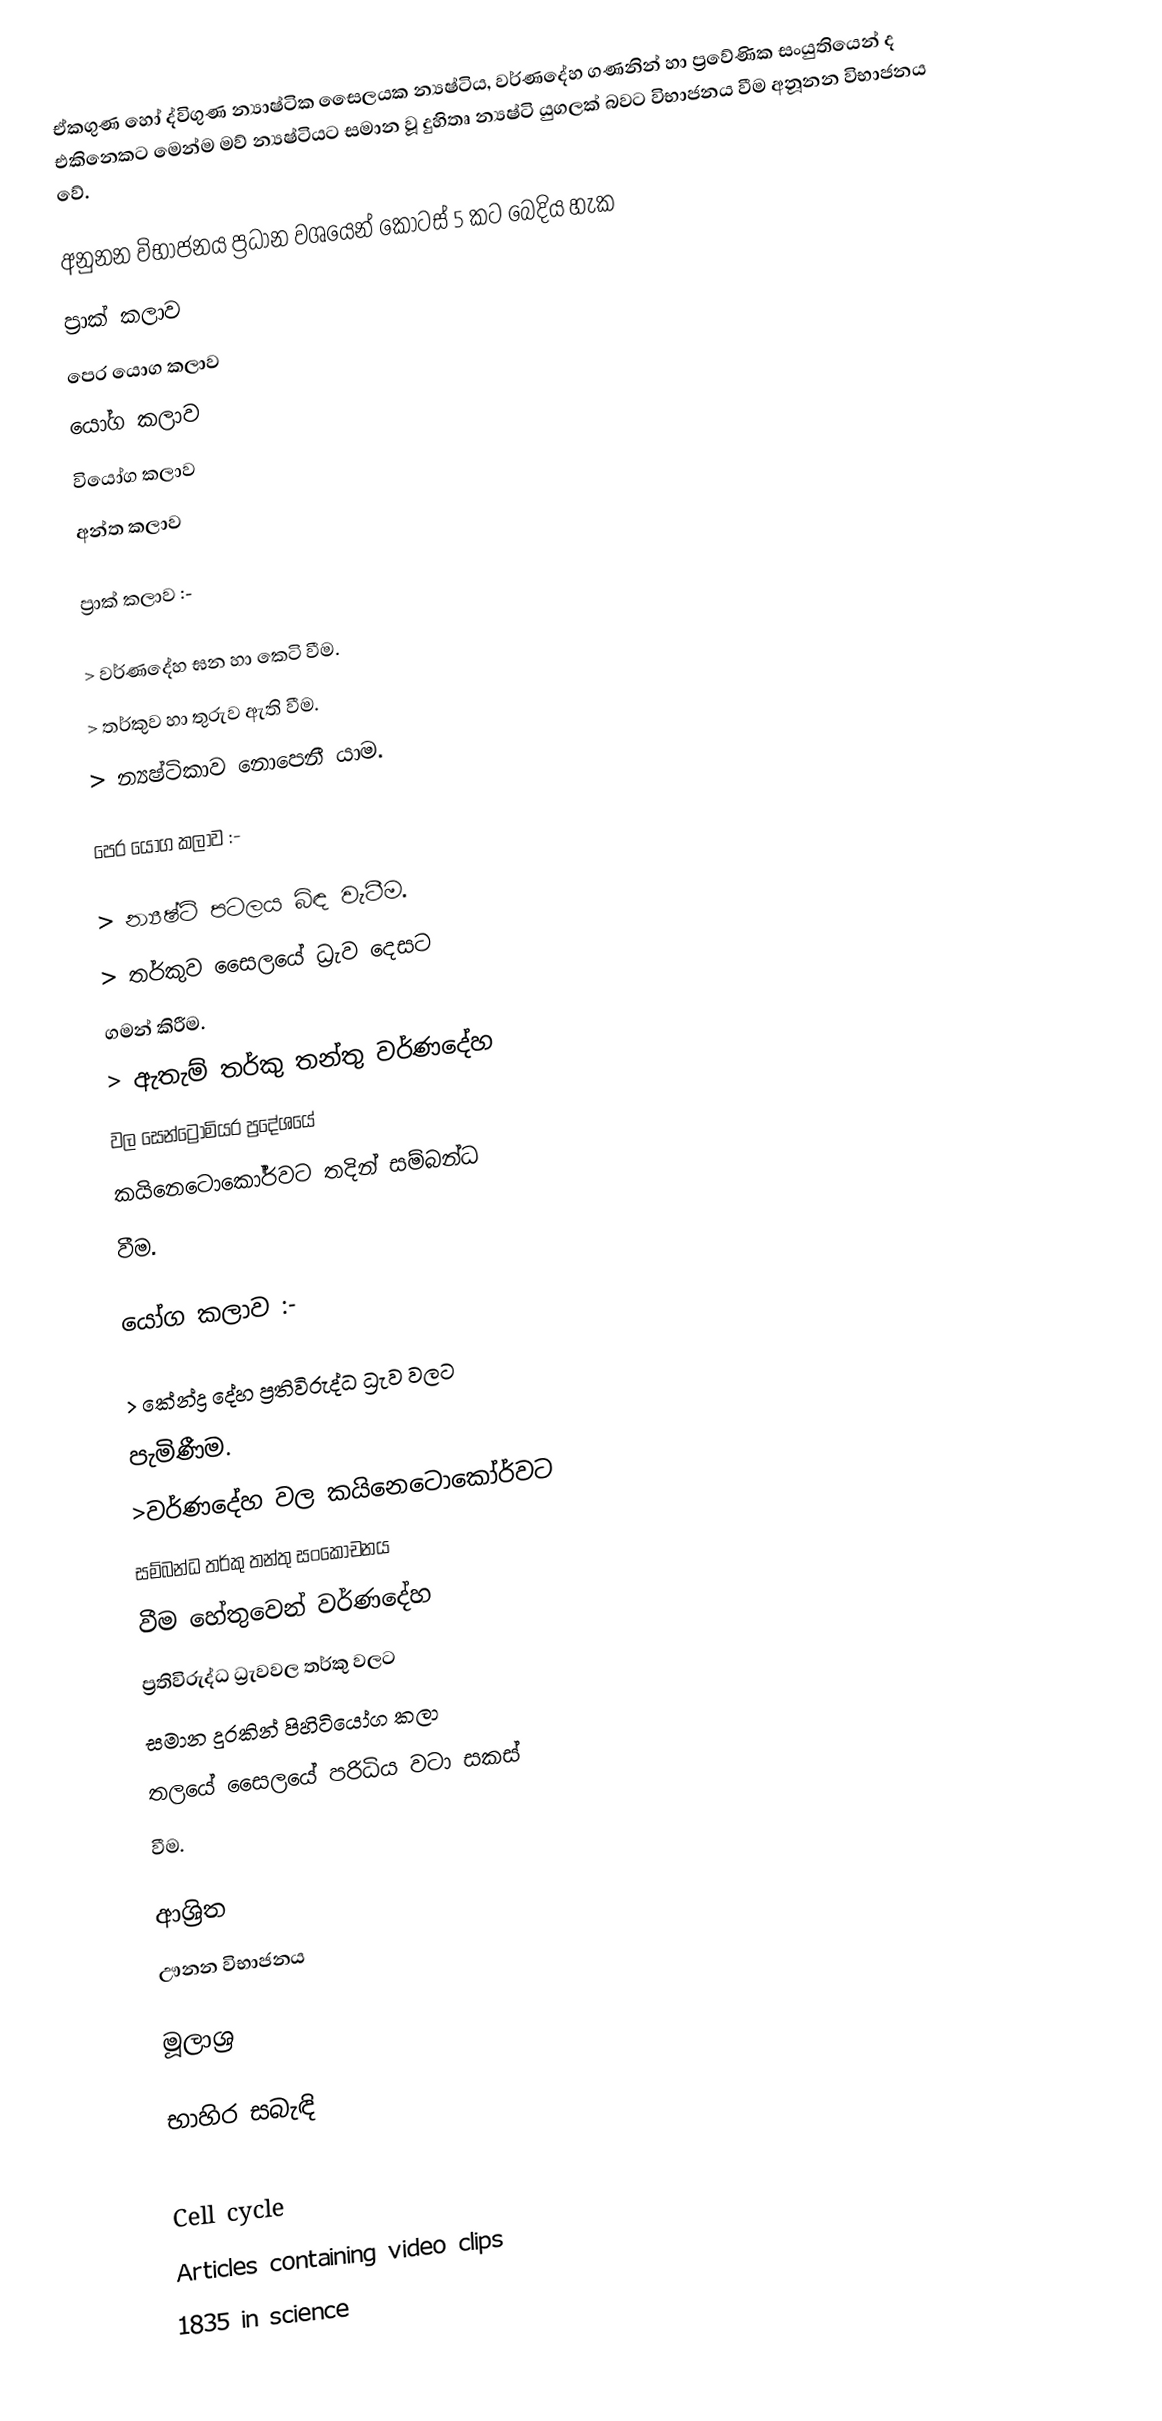
ඒකගුණ හෝ ද්විගුණ න්‍යාෂ්ටික සෛලයක න්‍යෂ්ටිය, වර්ණදේහ ගණනින් හා ප්‍රවේණික සංයුතියෙන් ද එකිනෙකට මෙන්ම මව් න්‍යෂ්ටියට සමාන වූ දුහිතෘ න්‍යෂ්ටි යුගලක් බවට විභාජනය වීම අනූනන විභාජනය වේ.

අනුනන විභාජනය ප්‍රධාන වශයෙන් කොටස්  5 කට බෙදිය හැක
 ප්‍රාක්  කලාව
පෙර යොග කලාව 
 යෝග කලාව 
  වියෝග කලාව 
 අන්ත කලාව 

 ප්‍රාක් කලාව :-

   > වර්ණදේහ ඝන හා කෙටි වීම.
   > තර්කුව හා තුරුව ඇති වීම.
   > න්‍යෂ්ටිකාව නොපෙනී යාම.

 පෙර යෝග කලාව :-

   > න්‍යෂ්ටි පටලය බිඳ වැටීම.
   > තර්කුව සෛලයේ ධ්‍රැව දෙසට
     ගමන් කිරීම.
   > ඇතැම් තර්කු තන්තු වර්ණදේහ
     වල සෙන්ට්‍රොමියර  ප්‍රදේශයේ
     කයිනෙටොකෝර්වට තදින් සම්බන්ධ
     වීම.

 යෝග කලාව :-

   > කේන්ද්‍ර දේහ ප්‍රතිවිරුද්ධ ධ්‍රැව වලට
     පැමිණීම.
   >වර්ණදේහ වල කයිනෙටොකෝර්වට
    සම්බන්ධ තර්කු තන්තු සංකෝචනය
    වීම හේතුවෙන් වර්ණදේහ
    ප්‍රතිවිරුද්ධ ධ්‍රැවවල තර්කු වලට
    සමාන දුරකින් පිහිටියෝග කලා
    තලයේ සෛලයේ පරිධිය වටා සකස්
    වීම.

ආශ්‍රිත
 ඌනන විභාජනය

මූලාශ්‍ර

භාහිර සබැඳි

Cell cycle
Articles containing video clips
1835 in science